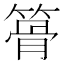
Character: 𥱪